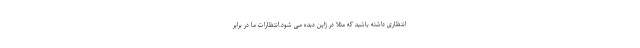
انتظاری داشته باشید که مثلا در ژاپن دیده می شود.انتظارات ما در برابر